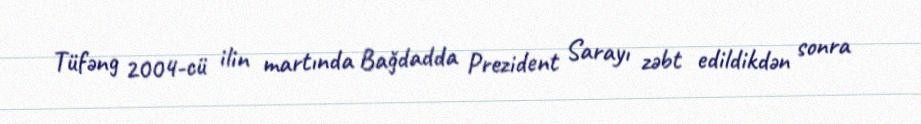
Tüfəng 2004-cü ilin martında Bağdadda Prezident Sarayı zəbt edildikdən sonra